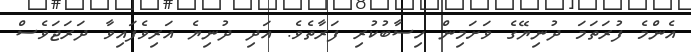
އެންމެ ފުރަތަމަ ދުނިޔޭގެ ވަށަމިން ހިސާބުކުރި ފަރާތެވެ. އަދި ދުނިޔެ އަރިވެފައިވާ ދަރަޖަވެސް